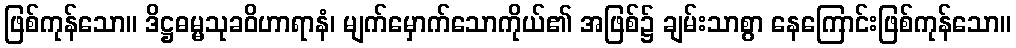
ဖြစ်ကုန်သော။ ဒိဋ္ဌဓမ္မသုခဝိဟာရာနံ၊ မျက်မှောက်သောကိုယ်၏ အဖြစ်၌ ချမ်းသာစွာ နေကြောင်းဖြစ်ကုန်သော။